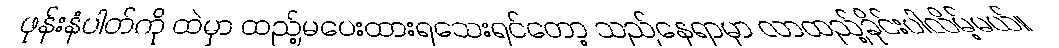
ဖုန်းနံပါတ်ကို ထဲမှာ ထည့်မပေးထားရသေးရင်တော့ သည်နေရာမှာ လာထည့်ခိုင်းပါလိမ့်မယ်။